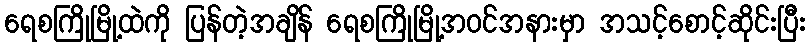
ရေစကြိုမြို့ထဲကို ပြန်တဲ့အချိန် ရေစကြိုမြို့အဝင်အနားမှာ အသင့်စောင့်ဆိုင်းပြီး